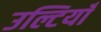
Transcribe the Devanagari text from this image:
उल्टियाँ